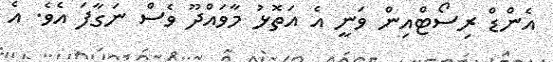
އެންޑް ރިސޯޓްއިން ވަނީ އެ އަތޮޅު މާވައްދޫ ވެސް ނަގާފަ އެވެ. އެ